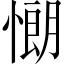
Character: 𢠯